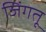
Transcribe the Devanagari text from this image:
जिंगतू